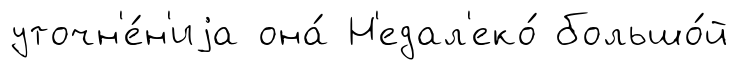
уточн'е́н'иjа она́ Н'едал'еко́ большо́й